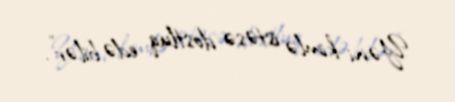
Yəni kimlə istəsə dostluq edə bilər".